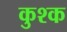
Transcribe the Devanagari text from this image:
कुश्क